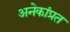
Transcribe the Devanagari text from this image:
अनेकांप्रत